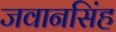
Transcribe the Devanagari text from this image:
जवानसिंह